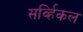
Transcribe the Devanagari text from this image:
सर्व्हिकल